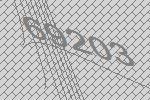
69203